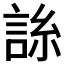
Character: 𧧈